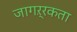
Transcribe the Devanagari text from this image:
जागऱ्रकता